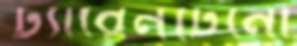
ট্যারেনটিনো